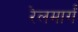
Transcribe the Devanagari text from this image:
रेलमार्गं